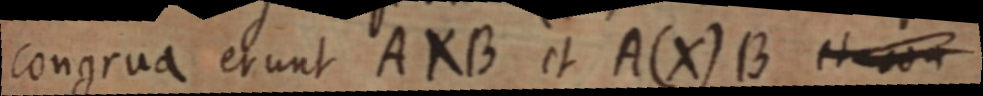
congrua erunt AXB et A(X)B et non